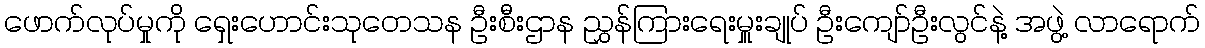
ဖောက်လုပ်မှုကို ရှေးဟောင်းသုတေသန ဦးစီးဌာန ညွှန်ကြားရေးမှူးချုပ် ဦးကျော်ဦးလွင်နဲ့ အဖွဲ့ လာရောက်